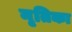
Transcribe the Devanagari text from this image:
नृतिका